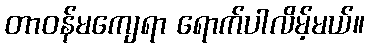
တာဝန်မကျေရာ ရောက်ပါလိမ့်မယ်။